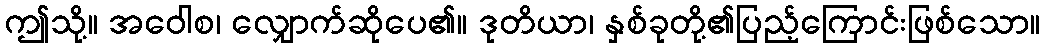
ဤသို့။ အဝေါစ၊ လျှောက်ဆိုပေ၏။ ဒုတိယာ၊ နှစ်ခုတို့၏ပြည့်ကြောင်းဖြစ်သော။